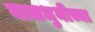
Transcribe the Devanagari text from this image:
वालधुनीच्या